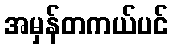
အမှန်တကယ်ပင်